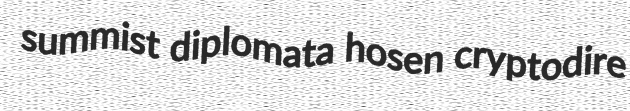
summist diplomata hosen cryptodire